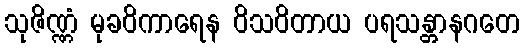
သုဇိဏ္ဏံ မုခဝိကာရေန ဝိသဝိတာယ ပရသန္တာနဂတေ